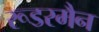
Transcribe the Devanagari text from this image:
रूडरमैन